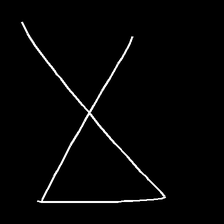
Glyph: collection